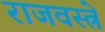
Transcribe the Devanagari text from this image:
राजवस्त्रे